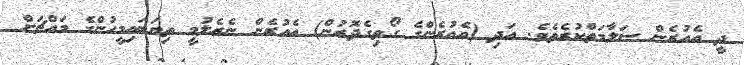
ދީ އެއުރެން ސަލާމަތްކުރެތެވެ. އަދި (އެއުރެންގެ ގޯތިގެދޮރުން) އެއުރެން ނެރެލުމީ ތިޔަބައިމީހުންގެ މައްޗަށް